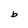
Character: b